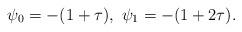
LaTeX: \begin{align*}\psi_0=-(1+\tau),\ \psi_1=-(1+2\tau).\end{align*}